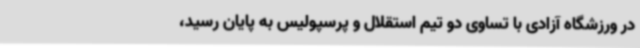
در ورزشگاه آزادی با تساوی دو تیم استقلال و پرسپولیس به پایان رسید،